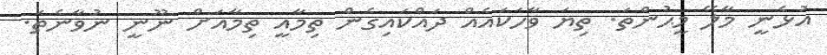
އުޅެނީ މާލޭ މީޙުންތަ. ތިޔަ ވާހަކައެއް ދައްކައިގެން ތިމާއީ ތިމާއަށް ނޫނީ ނުވާނެތަ.